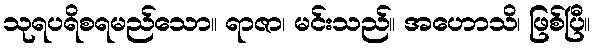
သုရပရိစရမည်သော။ ရာဇာ၊ မင်းသည်။ အဟောသိ၊ ဖြစ်ပြီ။